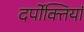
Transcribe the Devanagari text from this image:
दर्पोक्तियां